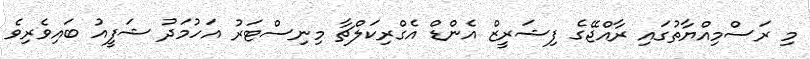
މި ރަސްމިއްޔާތުގައި ރާއްޖޭގެ ފިޝަރީޒް އެންޑް އެގްރިކަލްޗާ މިނިސްޓަރު އަހުމަދު ޝަފީއު ބައިވެރިވެ